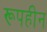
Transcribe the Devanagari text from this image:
रूपहीन